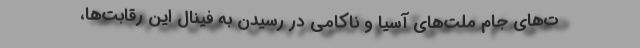
ت‌‌های جام ملت‌های آسیا و ناکامی در رسیدن به فینال این رقابت‌ها،